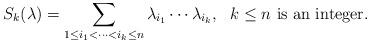
LaTeX: \begin{align*} S_k(\lambda)=\sum_{1\leq i_1<\cdots<i_k\leq n}\lambda_{i_1}\cdots \lambda_{i_k}, \ \ k\leq n \ {\rm is\ an \ integer}. \end{align*}